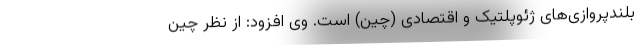
بلندپروازی‌های ژئوپلتیک و اقتصادی (چین) است. وی افزود: از نظر چین